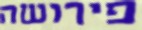
פירושה